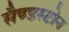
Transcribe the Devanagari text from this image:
सैण्डस्टोन